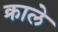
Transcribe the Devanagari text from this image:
क्राले